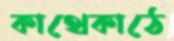
কাথেকাঠে